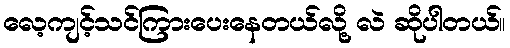
လေ့ကျင့်သင်ကြားပေးနေတယ်လို့ လဲ ဆိုပါတယ်။